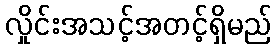
လှိုင်းအသင့်အတင့်ရှိမည်